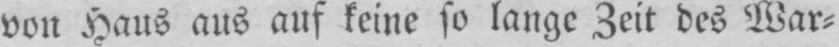
von Haus aus auf keine so lange Zeit des War⸗